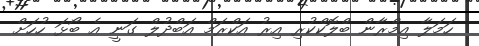
ހަމަލާ އިމްރާން ބްލޮކްކުރި އިރު އަކްރަމް އަބްދުލް ގަނީ އެ ބޯޅަ ހުހަށް